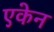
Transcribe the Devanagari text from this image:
एकेन